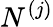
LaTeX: N^{(j)}